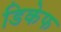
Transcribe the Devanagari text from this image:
डिकेफ